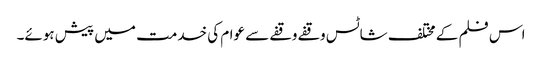
اس فلم کے مختلف شاٹس وقفے وقفے سے عوام کی خدمت میں پیش ہوئے۔